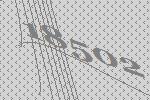
18502